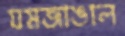
যমজাঙাল